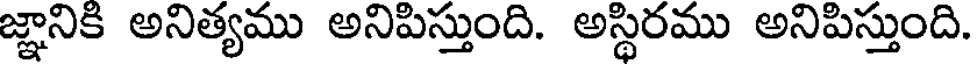
జ్ఞానికి అనిత్యము అనిపిస్తుంది. అస్థిరము అనిపిస్తుంది.